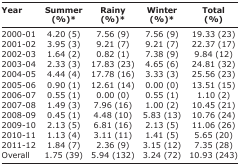
<table><thead><tr><td><b>Year</b></td><td><b>Summer (%)*</b></td><td><b>Rainy (%)*</b></td><td><b>Winter (%)*</b></td><td><b>Total (%)</b></td></tr></thead><tbody><tr><td>2000-01</td><td>4.20 (5)</td><td>7.56 (9)</td><td>7.56 (9)</td><td>19.33 (23)</td></tr><tr><td>2001-02</td><td>3.95 (3)</td><td>9.21 (7)</td><td>9.21 (7)</td><td>22.37 (17)</td></tr><tr><td>2002-03</td><td>1.64 (2)</td><td>0.82 (1)</td><td>7.38 (9)</td><td>9.84 (12)</td></tr><tr><td>2003-04</td><td>2.33 (3)</td><td>17.83 (23)</td><td>4.65 (6)</td><td>24.81 (32)</td></tr><tr><td>2004-05</td><td>4.44 (4)</td><td>17.78 (16)</td><td>3.33 (3)</td><td>25.56 (23)</td></tr><tr><td>2005-06</td><td>0.90 (1)</td><td>12.61 (14)</td><td>0.00 (0)</td><td>13.51 (15)</td></tr><tr><td>2006-07</td><td>0.55 (1)</td><td>0.00 (0)</td><td>0.55 (1)</td><td>1.10 (2)</td></tr><tr><td>2007-08</td><td>1.49 (3)</td><td>7.96 (16)</td><td>1.00 (2)</td><td>10.45 (21)</td></tr><tr><td>2008-09</td><td>0.45 (1)</td><td>4.48 (10)</td><td>5.83 (13)</td><td>10.76 (24)</td></tr><tr><td>2009-10</td><td>2.13 (5)</td><td>6.81 (16)</td><td>2.13 (5)</td><td>11.06 (26)</td></tr><tr><td>2010-11</td><td>1.13 (4)</td><td>3.11 (11)</td><td>1.41 (5)</td><td>5.65 (20)</td></tr><tr><td>2011-12</td><td>1.84 (7)</td><td>2.36 (9)</td><td>3.15 (12)</td><td>7.35 (28)</td></tr><tr><td>Overall</td><td>1.75 (39)</td><td>5.94 (132)</td><td>3.24 (72)</td><td>10.93 (243)</td></tr></tbody></table>